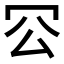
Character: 𠕺